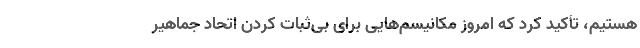
هستیم، تأکید کرد که امروز مکانیسم‌هایی برای بی‌ثبات کردن اتحاد جماهیر